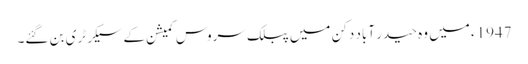
1947ء میں وہ حیدر آباد دکن میں پبلک سروس کمیشن کے سیکرٹری بن گئے۔